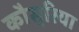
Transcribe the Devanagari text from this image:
कौसुरिया